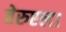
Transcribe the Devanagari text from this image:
तेरुएल।